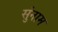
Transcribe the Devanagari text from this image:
सुंनाम